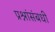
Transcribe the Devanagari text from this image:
प्रश्नांसंबधी